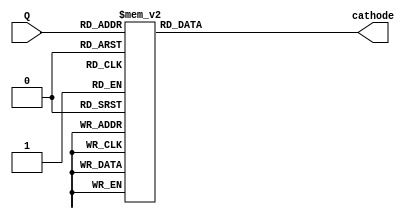
`timescale 1ns / 1ps
//////////////////////////////////////////////////////////////////////////////////
// Company: 
// Engineer: 
// 
// Design Name: 
// Module Name: BCD_To_7seg
// Project Name: 
// Target Devices: 
// Tool Versions: 
// Description: 
// 
// Dependencies: 
// 
// Revision:
// Revision 0.01 - File Created
// Additional Comments:
// 
//////////////////////////////////////////////////////////////////////////////////


module BCD_To_7seg(
    input [3:0] Q,
    output reg [7:0] cathode
    );
    
    always@(*) begin
        case(Q)
            4'b0000 : cathode = 8'b00000011;
            4'b0001 : cathode = 8'b10011111;
            4'b0010 : cathode = 8'b00100101;
            4'b0011 : cathode = 8'b00001101;
            4'b0100 : cathode = 8'b10011001;
            4'b0101 : cathode = 8'b01001001;
            4'b0110 : cathode = 8'b01000001;
            4'b0111 : cathode = 8'b00011111;
            4'b1000 : cathode = 8'b00000001;
            4'b1001 : cathode = 8'b00001001;
            4'b1010 : cathode = 8'b11111110;
            default : cathode = 8'b11111111;
        endcase
    end
endmodule